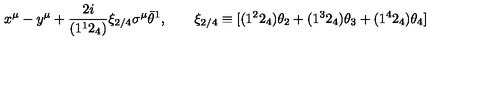
x ^ { \mu } - y ^ { \mu } + \frac { 2 i } { ( 1 ^ { 1 } 2 _ { 4 } ) } \xi _ { 2 / 4 } \sigma ^ { \mu } \bar { \theta } ^ { 1 } , \qquad \xi _ { 2 / 4 } \equiv [ ( 1 ^ { 2 } 2 _ { 4 } ) \theta _ { 2 } + ( 1 ^ { 3 } 2 _ { 4 } ) \theta _ { 3 } + ( 1 ^ { 4 } 2 _ { 4 } ) \theta _ { 4 } ]